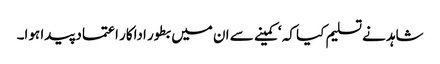
شاہد نے تسلیم کیا کہ ‘کمینے سے ان میں بطور اداکار اعتماد پیدا ہوا۔